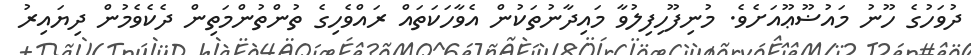
ދުވަހުގެ ހޫނު މައުޟޫޢޫއަށެވެ. މުނިފޫހިފިލުވާ މައިދާނުތަކުން އެވާހަކަތައް ރައްވެހިގެ ތުންތުންމަތިން ދެކެވެމުން ދިޔައިރު